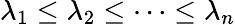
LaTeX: \lambda_{1}\leq\lambda_{2}\leq\cdots\leq\lambda_{n}